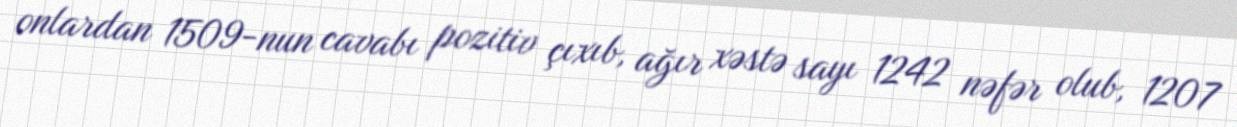
onlardan 1509-nun cavabı pozitiv çıxıb, ağır xəstə sayı 1242 nəfər olub, 1207